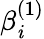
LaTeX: \beta_{\mathit{i}}^{(1)}